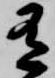
有